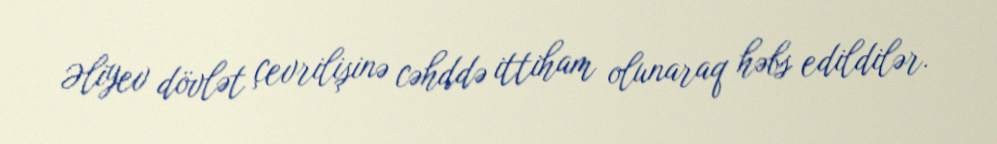
Əliyev dövlət çevrilişinə cəhddə ittiham olunaraq həbs edildilər.